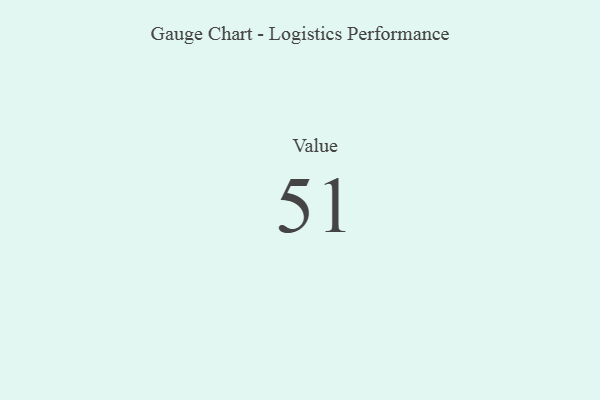
{"axis": {"x": "Metric", "y": "Value"}, "legend": [""], "data": [{"x": "Value", "y": 51, "type": ""}]}